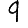
Digit: 9